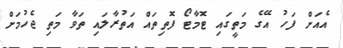
އެއަށް ފަހު އޭގެ މަތީގައި ޓޮމާޓޯ ފޮތިތައް އަތުރާލައި ތަވާ މަތި ޖެހުމަށް